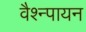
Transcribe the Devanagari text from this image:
वैश्न्पायन